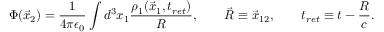
\Phi ( \vec { x } _ { 2 } ) = \frac { 1 } { 4 \pi \epsilon _ { 0 } } \int d ^ { 3 } x _ { 1 } \frac { \rho _ { 1 } ( \vec { x } _ { 1 } , t _ { r e t } ) } { R } , \qquad \vec { R } \equiv \vec { x } _ { 1 2 } , \qquad t _ { r e t } \equiv t - \frac { R } { c } .